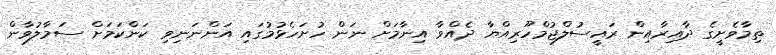
ތިމާވެށީގެ ދާއިރާއިން ރައީސުލްޖުމްހޫރިއްޔާ ދެއްވާ އިނާމަށް ނަން ހުށަހެޅުމުގައި އަންނަނިވި ކަންކަމަށް ސަމާލުވާން